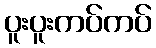
ပူးပူးကပ်ကပ်